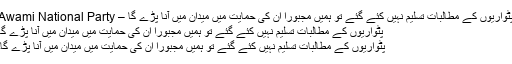
پٹواریوں کے مطالبات تسلیم نہیں کئے گئے تو ہمیں مجبوراً ان کی حمایت میں میدان میں آنا پڑے گا – Awami National Party
پٹواریوں کے مطالبات تسلیم نہیں کئے گئے تو ہمیں مجبوراً ان کی حمایت میں میدان میں آنا پڑے گا
پٹواریوں کے مطالبات تسلیم نہیں کئے گئے تو ہمیں مجبوراً ان کی حمایت میں میدان میں آنا پڑے گا۔